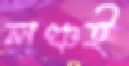
লঞ্চই